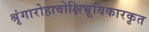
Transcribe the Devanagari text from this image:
श्रृंगारोहावोक्षिभ्रूविकारकृत